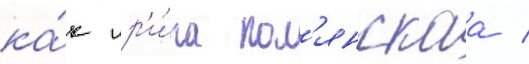
ка́к ир'и́на пол'янскаа /